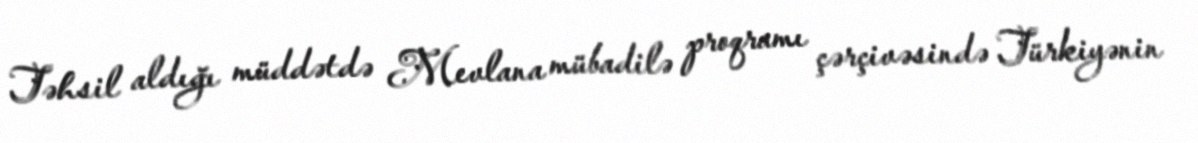
Təhsil aldığı müddətdə Mevlana mübadilə proqramı çərçivəsində Türkiyənin